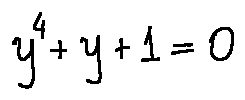
y ^ { 4 } + y + 1 = 0